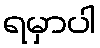
ရမှာပါ